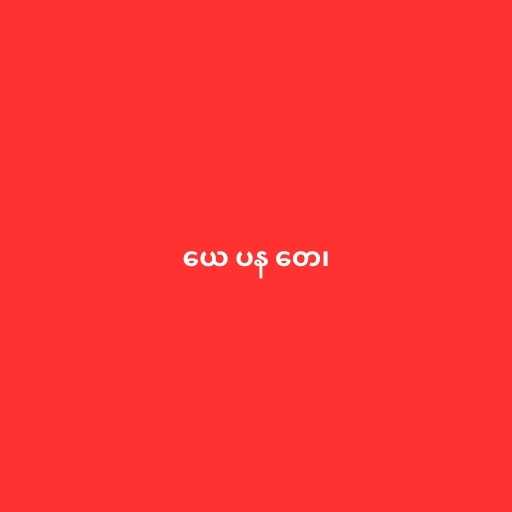
ယေ ပန တေ၊